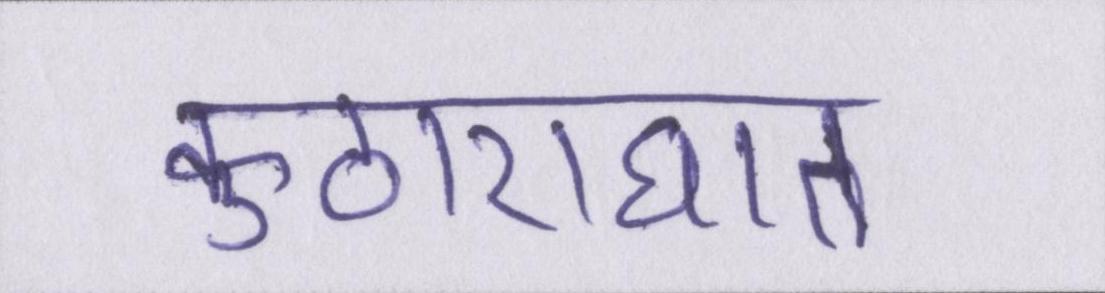
कुठाराघात